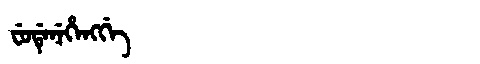
Manchu: ᠸᡠᡩᡝᠨᡝᡥᡝᠩᡤᡝ
Romanization: FUDENEHENGGE